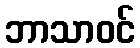
ဘာသာဝင်